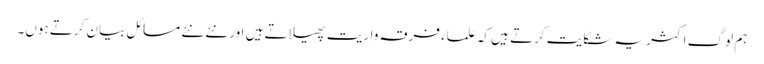
ہم لوگ اکثر یہ شکایت کرتے ہیں کہ علماء فرقہ واریت پھیلاتے ہیں اور نئے نئے مسائل بیان کرتے ہوں۔